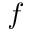
f